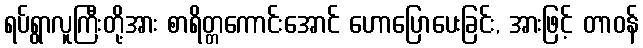
ရပ်ရွာလူကြီးတို့အား စာရိတ္တကောင်းအောင် ဟောပြောပေးခြင်း, အားဖြင့် တာဝန်